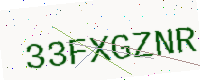
Text: 33FXGZNR